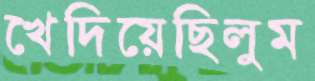
খেদিয়েছিলুম